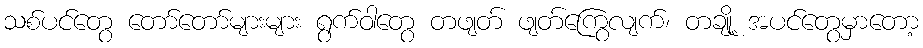
သစ်ပင်တွေ တော်တော်များများ ရွက်ဝါတွေ တဖျတ် ဖျတ်ကြွေလျက်၊ တချို့ အပင်တွေမှာတော့